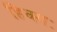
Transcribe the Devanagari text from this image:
हिक्मः